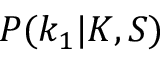
P ( k _ { 1 } | K , S )